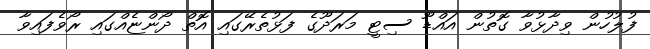
ފުލުހުން ވިދާޅުވާ ގޮތުން އައްޑޫ ސިޓީ މަރަދޫގެ ފަޅުތެރޭގައި އޮތް ދޯންޏެއްގައި ރޯވެފައިވާ